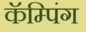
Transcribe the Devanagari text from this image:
कॅम्पिंग